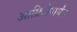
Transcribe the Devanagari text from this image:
आफ्रिकेपर्यंत